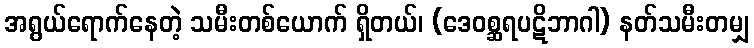
အရွယ်ရောက်နေတဲ့ သမီးတစ်ယောက် ရှိတယ်၊ (ဒေဝစ္ဆရပဋိဘာဂါ) နတ်သမီးတမျှ